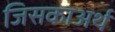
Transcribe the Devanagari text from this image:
जिसकाअर्थ